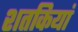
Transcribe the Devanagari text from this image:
शतकियां